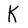
Character: K